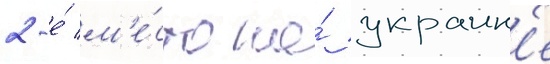
2-е́ м'е́сто на́ украин'е